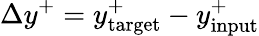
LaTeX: \Delta y^{+}=y_{\mathrm{target}}^{+}-y_{\mathrm{input}}^{+}